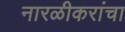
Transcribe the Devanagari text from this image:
नारळीकरांचा